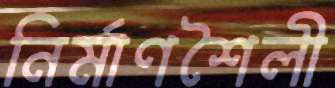
নির্মাণশৈলী